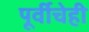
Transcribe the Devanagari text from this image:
पूर्वीचेही